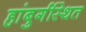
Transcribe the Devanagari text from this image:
हांबुर्गस्थित